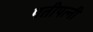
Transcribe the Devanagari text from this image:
पतीपत्‍नी